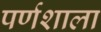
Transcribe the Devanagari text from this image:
पर्णशाला